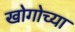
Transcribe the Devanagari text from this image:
खोगोच्या